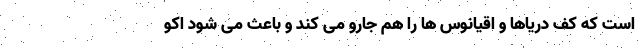
است که کف دریاها و اقیانوس ها را هم جارو می کند و باعث می شود اکو